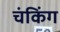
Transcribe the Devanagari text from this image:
चंकिंग